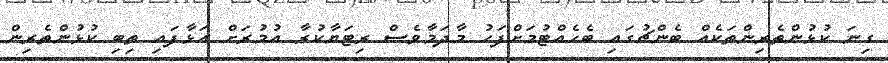
ގިނަ ކުޅުންތެރިންތަކެއް ބެންޗުގައި ބެހެއްޓުމަށްފަހު މާދަމާވެސް ރިޓަޔާކުރާ އުމުރަށް އަޅާފައި ތިބި ކުޅުންތެރިން